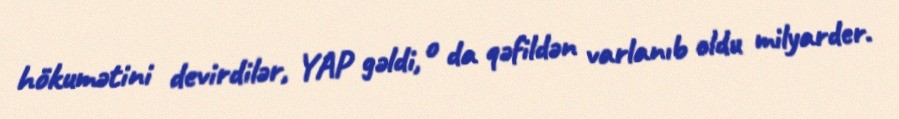
hökumətini devirdilər, YAP gəldi, o da qəfildən varlanıb oldu milyarder.